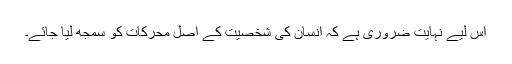
اس لیے نہایت ضروری ہے کہ انسان کی شخصیت کے اصل محرکات کو سمجھ لیا جائے۔